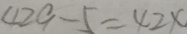
4 2 9 - 5 = 4 2 4